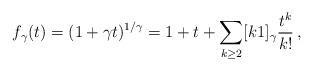
LaTeX: \begin{align*} f_\gamma(t) = (1+\gamma t)^{1/\gamma} = 1 + t + \sum_{k\geq 2} [k \- 1]_\gamma \frac{t^k}{k!} \,,\end{align*}